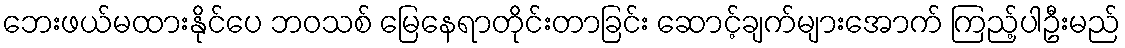
ဘေးဖယ်မထားနိုင်ပေ ဘဝသစ် မြေနေရာတိုင်းတာခြင်း ဆောင့်ချက်များအောက် ကြည့်ပါဦးမည်